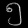
Digit: ၅